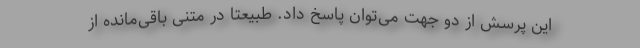
این پرسش از دو جهت می‌توان پاسخ داد. طبیعتاً در متنی باقی‌مانده از